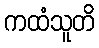
ကထံသူတိ